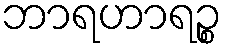
ဘာရဟာရဉ္စ